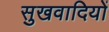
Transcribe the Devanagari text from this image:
सुखवादियों